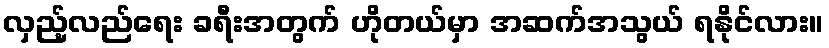
လှည့်လည်ရေး ခရီးအတွက် ဟိုတယ်မှာ အဆက်အသွယ် ရနိုင်လား။